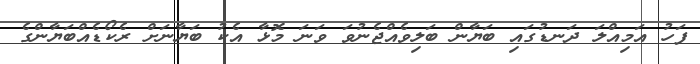
ފަހު އަމިއްލަ ދަނޑުގައި ބަޔާން ބަލިވެއްޖެނުވަ ވަނަ މޮޅާ އެކު ބަޔާނަށް ރެކޯޑެއްބަޔާންގެ